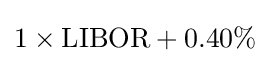
1\times {\text{LIBOR}}+0.40\%